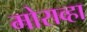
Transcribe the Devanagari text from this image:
मोराव्हा